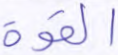
القوة